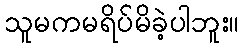
သူမကမရိပ်မိခဲ့ပါဘူး။